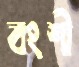
বংশী